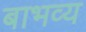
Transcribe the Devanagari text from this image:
बाभव्य